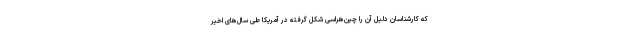
که کارشناسان دلیل آن را چین‌هراسی شکل گرفته در آمریکا طی سال‌های اخیر